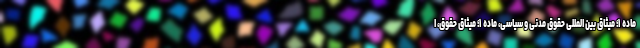
ماده ۱؛ میثاق بین المللی حقوق مدنی و سیاسی، ماده ۱؛ میثاق حقوق، ا